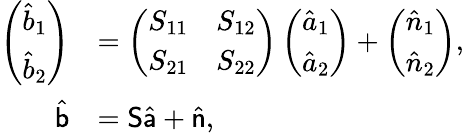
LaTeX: \begin{array}{rl}{\left(\begin{array}{c}{\hat{b}_{1}}\\ {\hat{b}_{2}}\end{array}\right)}&{=\left(\begin{array}{cc}{S_{11}}&{S_{12}}\\ {S_{21}}&{S_{22}}\end{array}\right)\left(\begin{array}{c}{\hat{a}_{1}}\\ {\hat{a}_{2}}\end{array}\right)+\left(\begin{array}{c}{\hat{n}_{1}}\\ {\hat{n}_{2}}\end{array}\right),}\\ {\hat{\mathsf b}}&{={\mathsf S}\hat{\mathsf a}+\hat{\mathsf n},}\end{array}